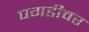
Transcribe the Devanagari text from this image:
पगडीवर